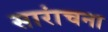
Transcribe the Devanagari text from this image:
सारांचना